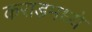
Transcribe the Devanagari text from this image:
कराडमध्ये